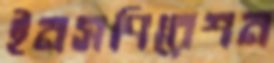
ইনসপিরেশন